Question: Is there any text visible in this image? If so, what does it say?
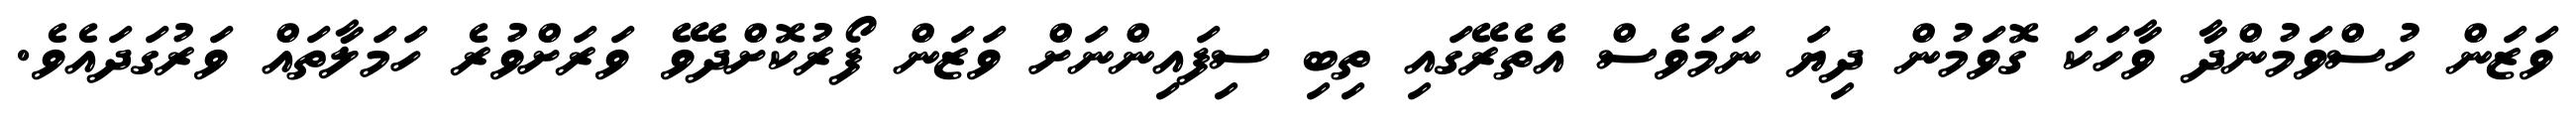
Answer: ވަޒަން ހުސްވަމުންދާ ވާހަކަ ގޮވަމުން ދިޔަ ނަމަވެސް އެތެރޭގައި ތިބި ސިފައިންނަށް ވަޒަން ފޯރުކޮށްދެވޭ ވަރަށްވުރެ ހަމަލާތައް ވަރުގަދައެވެ.